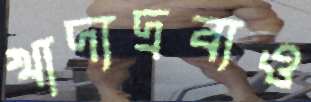
খাদ্যদ্রব্যও